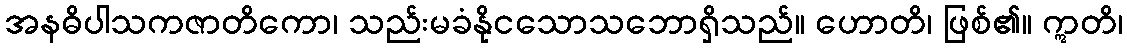
အနဓိပါသကဇာတိကော၊ သည်းမခံနိုငသောသဘောရှိသည်။ ဟောတိ၊ ဖြစ်၏။ ဣတိ၊